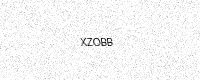
Text: XZOBB